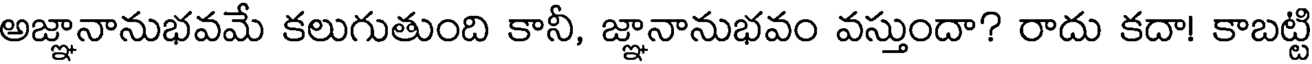
అజ్ఞానానుభవమే కలుగుతుంది కానీ, జ్ఞానానుభవం వస్తుందా? రాదు కదా! కాబట్టి